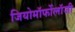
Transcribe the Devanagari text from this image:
जियोमॉर्फोलॉजी